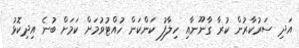
އަދި ސަރުކާރުން ކުރާ ގާނޫނާއި ހިލާފު ކަންކަން ހުއްޓުވުމަށް ކަމަށް ބުނެ އިދިކޮޅު